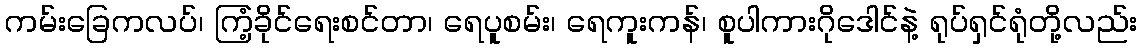
ကမ်းခြေကလပ်၊ ကြံ့ခိုင်ရေးစင်တာ၊ ရေပူစမ်း၊ ရေကူးကန်၊ စူပါကားဂိုဒေါင်နဲ့ ရုပ်ရှင်ရုံတို့လည်း